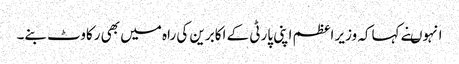
انہوںنے کہاکہ وزیر اعظم اپنی پارٹی کے اکابرین کی راہ میں بھی رکاوٹ بنے۔